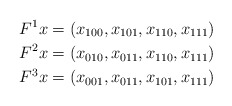
\begin{align*}F^1x &= (x_{100},x_{101},x_{110},x_{111}) \\F^2x &= (x_{010},x_{011},x_{110},x_{111}) \\F^3x &= (x_{001},x_{011},x_{101},x_{111})\end{align*}